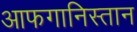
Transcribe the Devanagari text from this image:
आफगानिस्तान